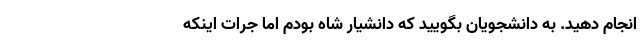
انجام دهید. به دانشجویان بگویید که دانشیار شاه بودم اما جرات اینکه